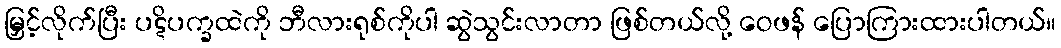
မြှင့်လိုက်ပြီး ပဋိပက္ခထဲကို ဘီလားရုစ်ကိုပါ ဆွဲသွင်းလာတာ ဖြစ်တယ်လို့ ဝေဖန် ပြောကြားထားပါတယ်။